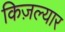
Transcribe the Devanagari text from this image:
किज़ल्यार